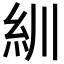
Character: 紃